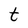
Character: t